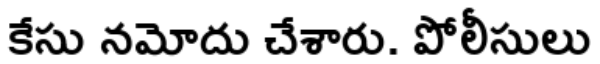
కేసు నమోదు చేశారు. పోలీసులు